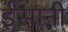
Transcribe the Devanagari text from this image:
ईंसानी